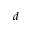
d